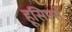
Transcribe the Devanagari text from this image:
हूसिएर्स